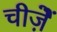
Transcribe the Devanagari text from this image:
चीजे़ें